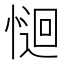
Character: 𭝽